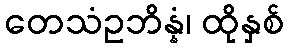
တေသံဥဘိန္နံ၊ ထိုနှစ်